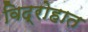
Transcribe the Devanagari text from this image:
विद्रोहात